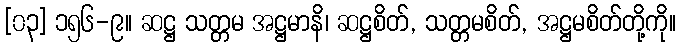
[၀၃] ၁၅၆-၉။ ဆဋ္ဌ သတ္တမ အဋ္ဌမာနိ၊ ဆဋ္ဌစိတ်, သတ္တမစိတ်, အဋ္ဌမစိတ်တို့ကို။